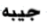
جيبه